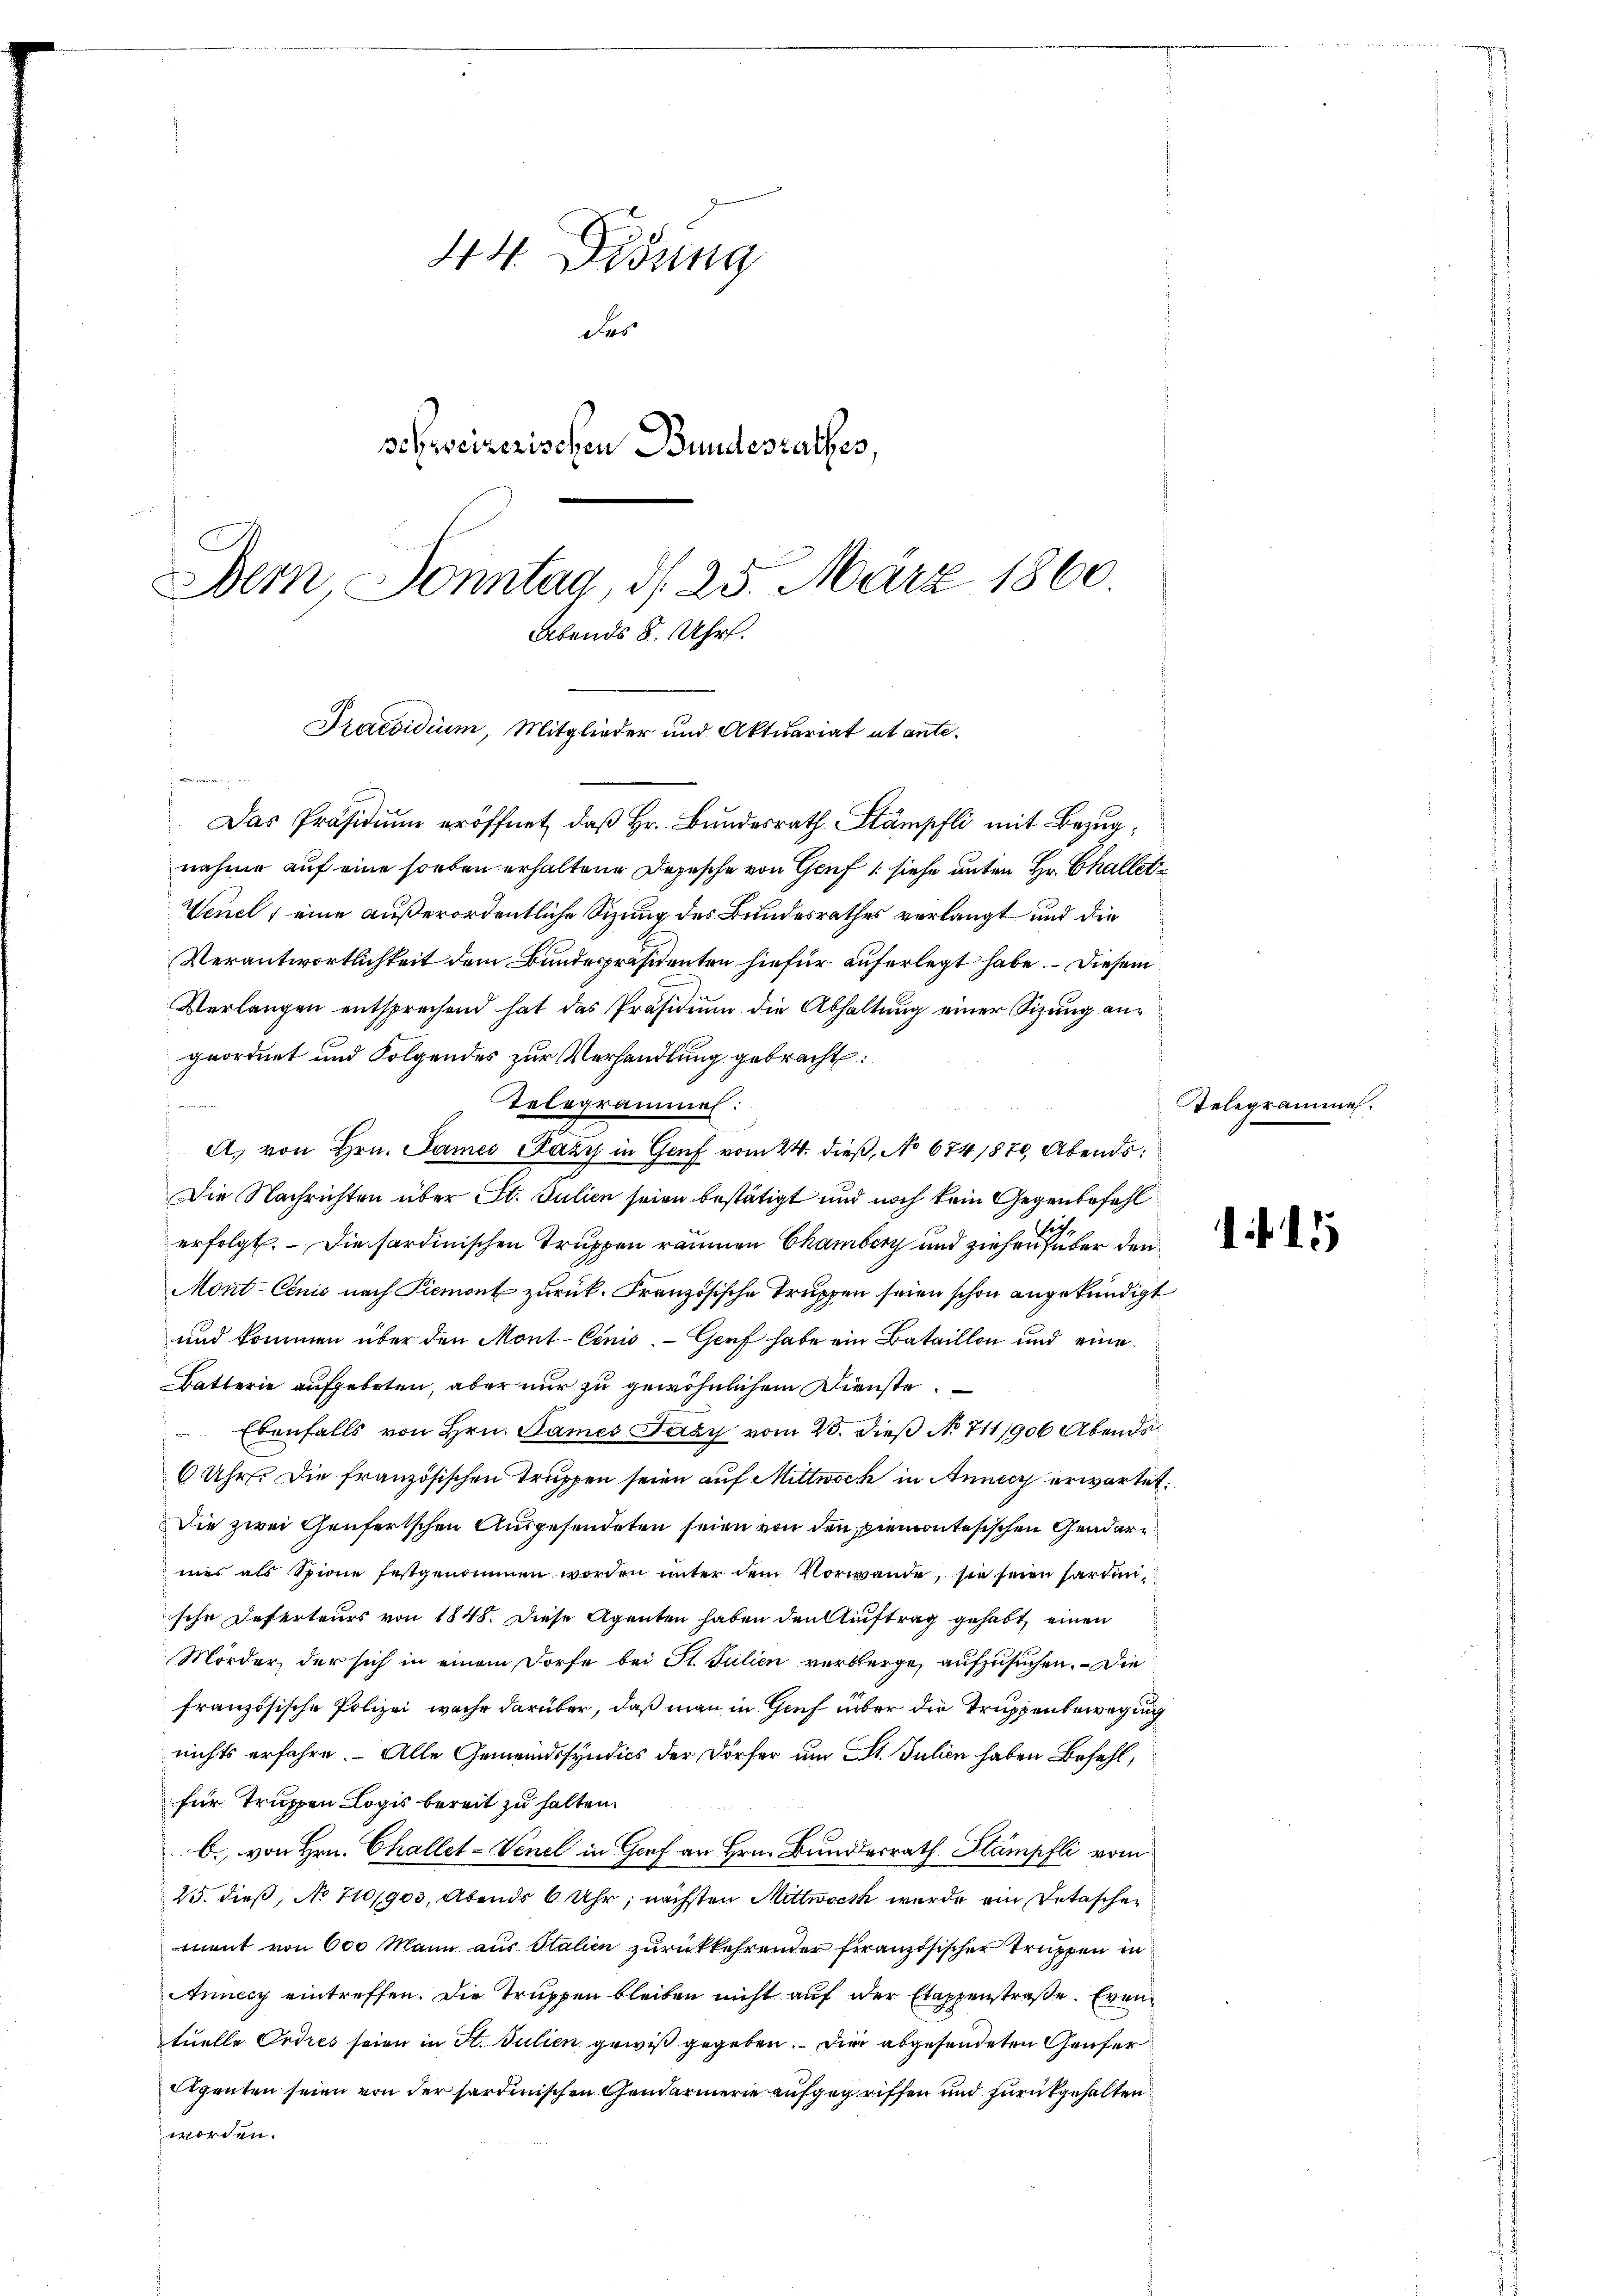
44. Didung
Das
schweizerischen Bundesrathes,
Bern, Sonntag, d. 25. März 1860
Abends 8. Uhr.

Praesidium, Mitglieder und Aktuariat et ante¬
,

Das Präsidium eröffnet, daß Hr. Bundesrath Stämpfli mit Bezug,
nahme auf eine soeben erhaltene Depesche von Genf, siehe unter Hr. Challet
Venel, eine außerordentliche Sitzung des Bundesrathes verlangt und die
Verantwortlichkeit dem Bundespräsidenten hiefür auferlegt habe. Diesem
Verlangen entsprechend hat das Präsidiŭm die Abhaltung einer Sitzung angeordnet und Folgendes zur Verhandlung gebracht:
Telegrammel:
A. von Hrn. James (azy in Genf vom 24. dieß, No 6741870, Abends:
Die Nachrichten über St. Julien seien bestätigt und noch kein Gegenbefehl
erfolgt. – Die sardinischen Truppen räumen Chamberg und ziehen über den
Mont-Cenis nach Piemont zurück. Französische Truppen seien schon angekündigt
und kommen über den Mont-Cinio. Graf habe ein Bataillon und eine
Batterie aufgeboten, aber nur zu gewöhnlichem Dienste.
Ebenfalls von Hrn. Dames Jaky vom 23. dieß No 711/906 Abends
6 Uhr. Die französischen Truppen seien auf Mittwoch in Annach erwartet.
Die zwei Genfertschen Ausgesendeten seien von den piemontesischen Gendarmes als Spione festgenommen worden unter dem Vorwande, sie seien hardinsche Deserteurs von 1848. Diese Agenten haben den Auftrag gehabt, einen
Mörder, der sich in einem Dorfe bei St. Julien verberge, aufzusuchen. – Die
französische Polizei wache darüber, daß man in Gruf über die Truppenbewegung
nichts erfahre. Alle Gemeindssyndics der Dörfer um St. Julien haben Befehl,
für Truppen Logis bereit zu halten.
b. von Hrn. Challet-Venel in Genf an Hrn. Bundesrath Stampfli vom
25. dieß, No 710/903, Abends 6 Uhr, nächsten Mittwoch wurde ein Detaschen
ment von 600 Mann aus Stalien zurückkehrender französischer Truppen in
Anney eintreffen. Die Truppen bleiben nicht auf der Etappenstraße. Eventuelle Ordres seien in St. Julien gewiß gegeben. Die abgesendeten Genfer
Agenten seien von der sardinischen Gendarmerie aufgegriffen und zurückgehalten
worden.

Telegrammen.